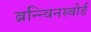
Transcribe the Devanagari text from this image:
ब्रन्न्विनस्बोर्ड